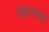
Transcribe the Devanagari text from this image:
पेद्दारायडू